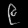
Digit: ၉